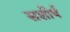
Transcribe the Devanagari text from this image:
सशीर्ष